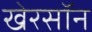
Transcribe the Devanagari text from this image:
खेरसॉन